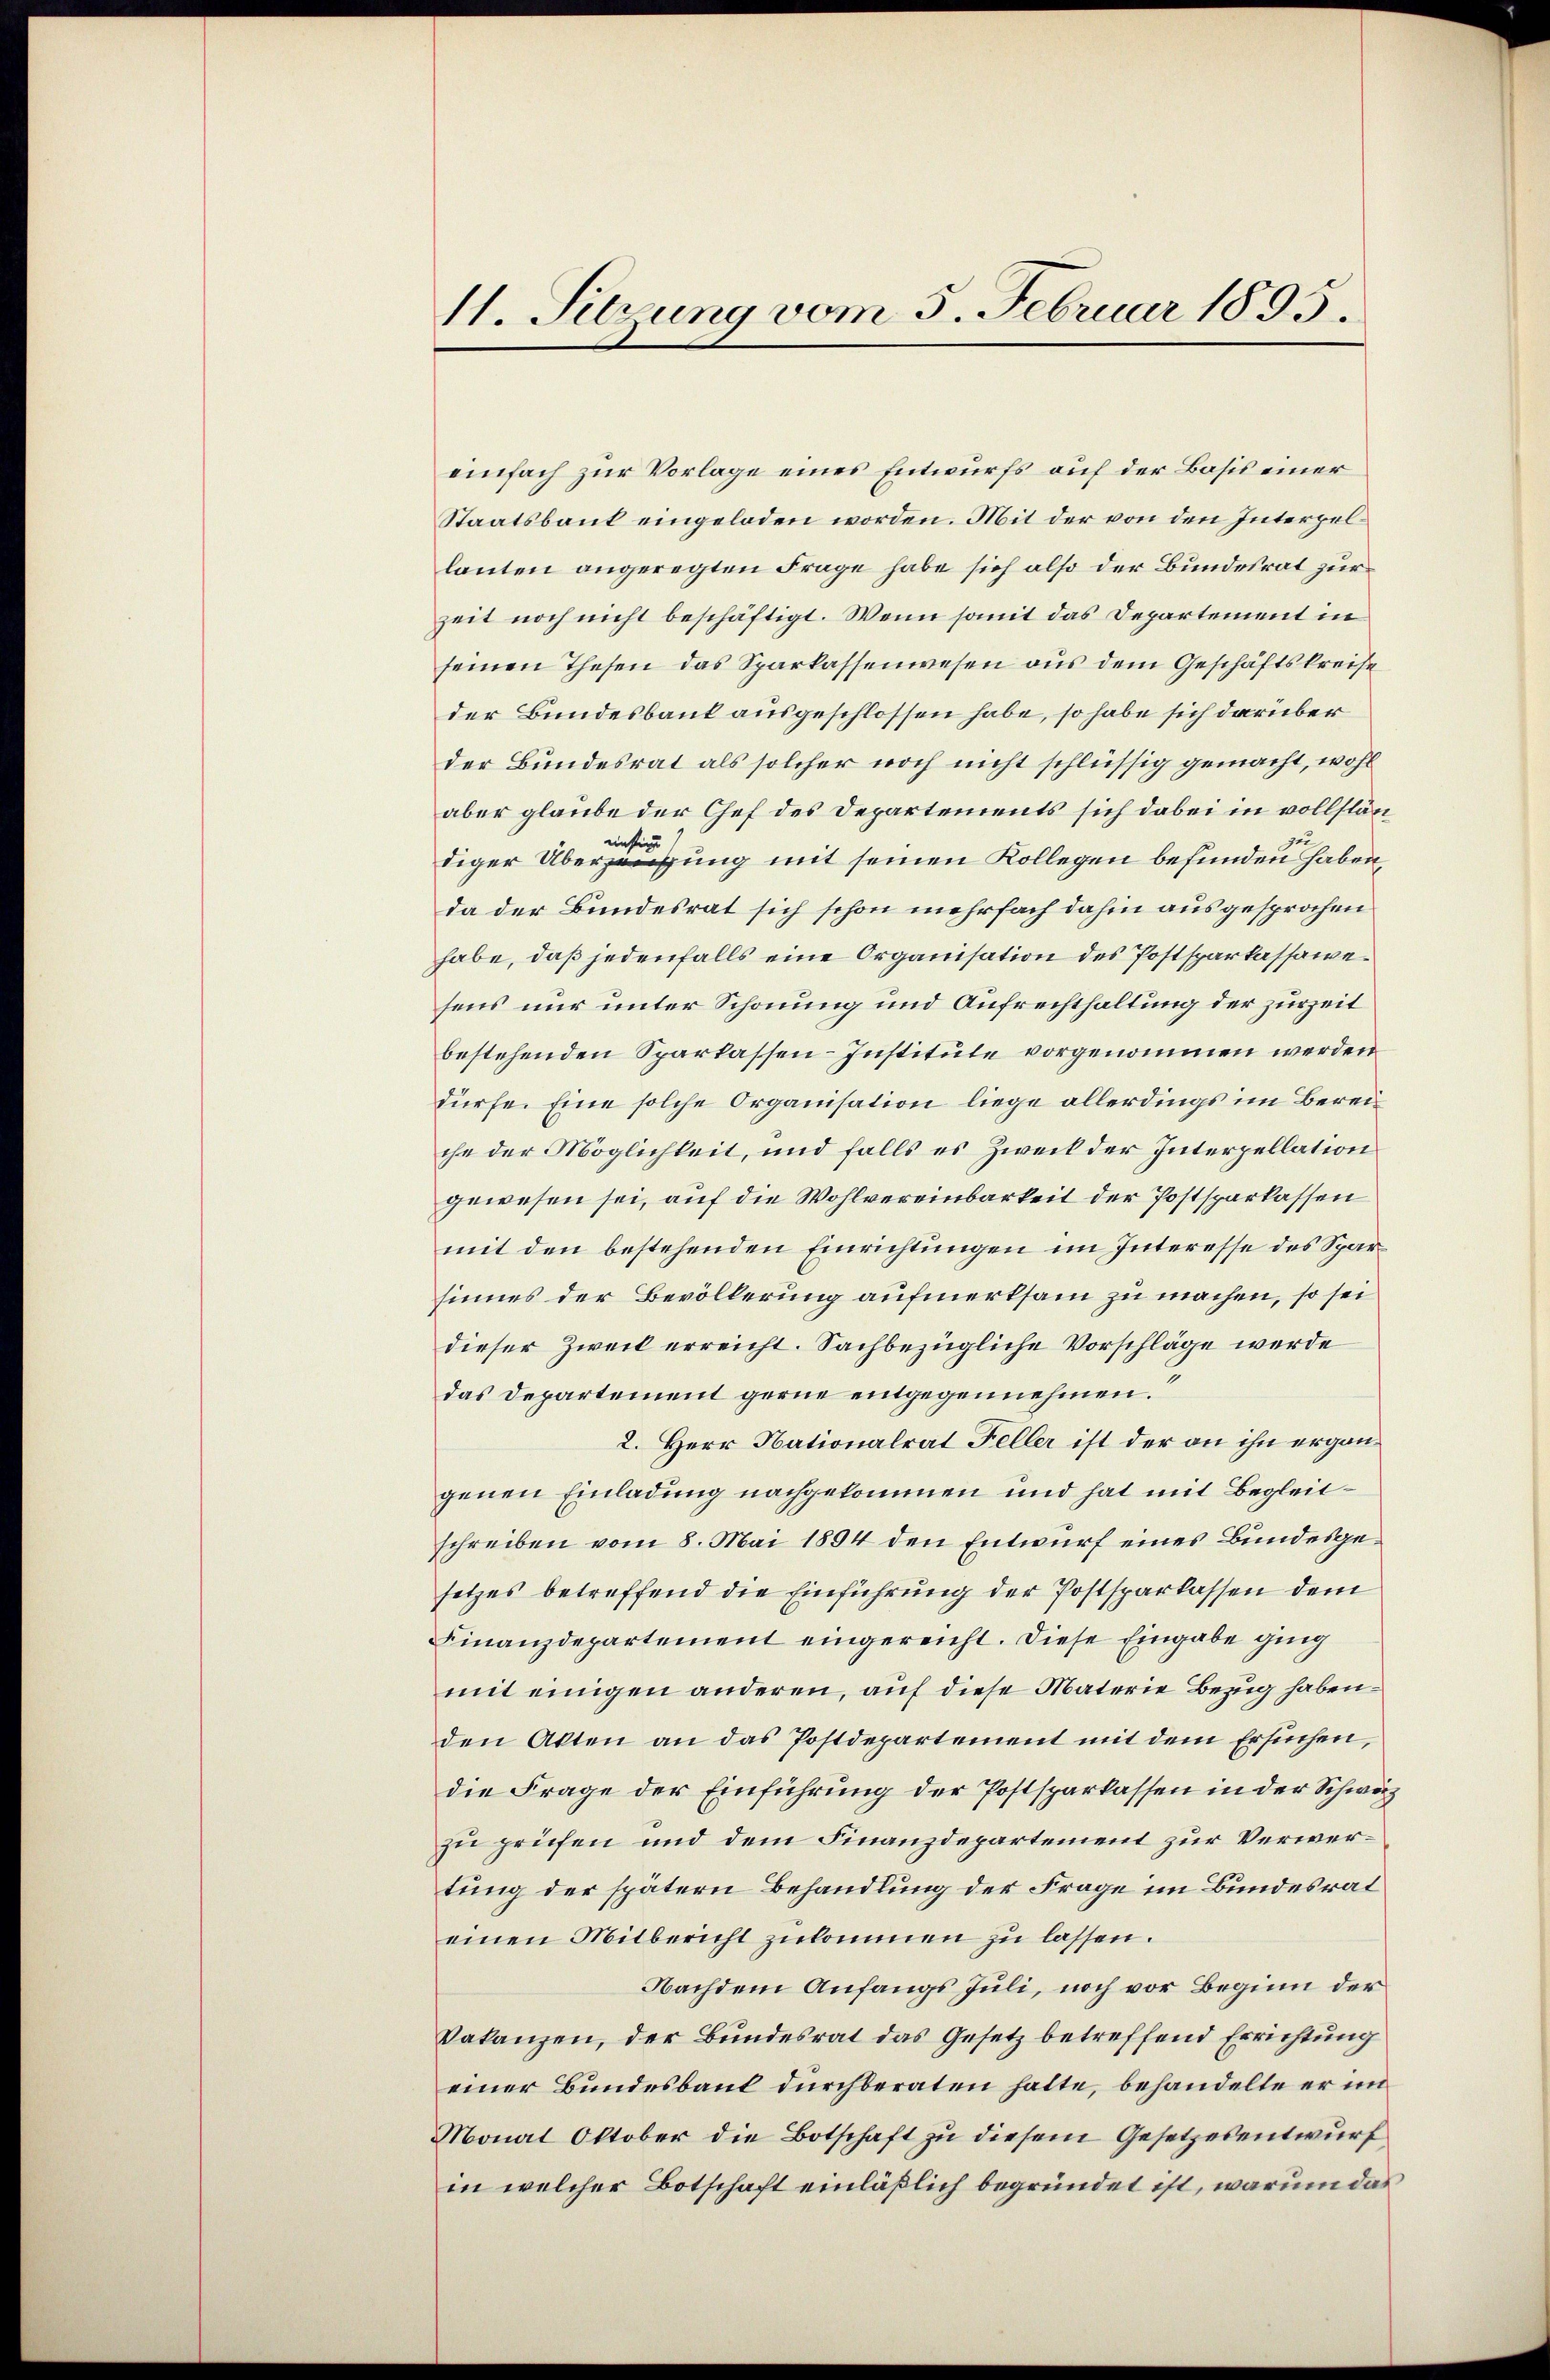
11. Setzung vom 5. Februar 1895.

einfach zur Vorlage eines Entwurfs auf der Basis einer
Staatsbaut eingeladen worden. Mit der von den Interpel
lauten angeregten Frage habe sich also der Bundesrat zur
zeit noch nicht beschäftigt. Wenn somit das Departement in
seinen Thesen das Sparkassenwesen aus dem Geschäftskreise
der Bundesbank ausgeschlossen habe, so habe sich darüber
der Bundesrat als solcher noch nicht schlüssig gemacht, wohl
aber glaube der Chef des Departements sich dabei in vollstänzu
einstig
diger Überzeugung mit seinen Kollegen befunden haben,
da der Bundesrat sich schon mehrfach dahin ausgesprochen
habe, daß jedenfalls eine Organisation des Postsparkassawesens nur unter Schonung und Aufrechthaltung der zurZeit
bestehenden Sparkassen-Institute vorgenommen werden
dürfe. Eine solche Organisation liege allerdings im Bereiche der Möglichkeit, und falls es Zweck der Interpellation
gewesen sei, auf die Wohlvereinbarkeit der Postsparkassen
mit den bestehenden Einrichtungen im Interesse des Sparsinnes der Bevölkerung aufmerksam zu machen, so sei
dieser Zweck erreicht. Sachbezügliche Vorschläge werde
das Departement gerne entgegennehmen.
2. Herr Nationalrat Feller ist der an ihn ergängenen Einladung nachgekommen und hat mit Begleitschreiben vom 8. Mai 1894 den Entwurf eines Bundesgesetzes betreffend die Einführung der Postsparkassen dem
Finanzdepartement eingereicht. Diese Eingabe ging
mit einigen anderen, auf diese Materie Bezug habenden Akten an das Postdepartement mit dem Ersuchen,
die Frage der Einführung der Postsparkassen in der Schweiz
zu priefen und dem Finanzdepartement zur Verwertung der spätern Behandlung der Frage im Bundesrat
einen Mitbericht zukommen zu lassen.
Nachdem Anfangs Juli, noch vor Beginn der
Vakanzen, der Bundesrat das Gesetz betreffend Errichtung
einer Bundesbaut durchberaten hatte, behandelte er im
Monat Oktober die Botschaft zu diesem Gesetzesentwurf
in welcher Botschaft einläßlich begründet ist, warum das